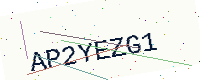
Text: AP2YEZG1